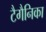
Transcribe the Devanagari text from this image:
टैगैनिका